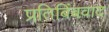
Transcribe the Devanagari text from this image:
प्रतिबिंबवाद